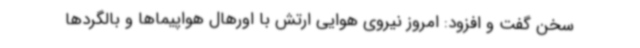
سخن گفت و افزود: امروز نیروی هوایی ارتش با اورهال هواپیماها و بالگردها